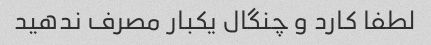
لطفا کارد و چنگال یکبار مصرف ندهید